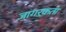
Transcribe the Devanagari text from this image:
जागऱ्रकता